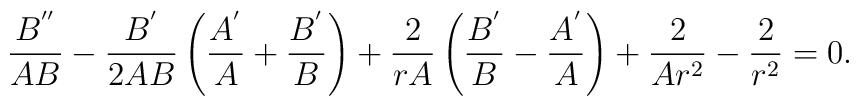
\frac{B^{''}}{AB}-\frac{B^{'}}{2AB}\left(\frac{A^{'}}{A}+\frac{B^{'}}{B}\right)+\frac{2}{rA}\left(\frac{B^{'}}{B}-\frac{A^{'}}{A}\right)+\frac{2}{Ar^2}-\frac{2}{r^2}=0 .